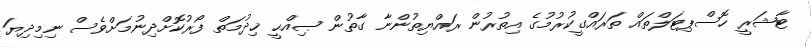
ޓާޝަރީ ހޮސްޕިޓަލްތައް ތަރައްގީކުރުމުގެ އިތުރުން ރައްޔިތުންނާ ގާތުން ޞިއްޙީ ޚިދުމަތް ފޯރުކޮށްދިނުމަށްވެސް ނިމިދިޔަ